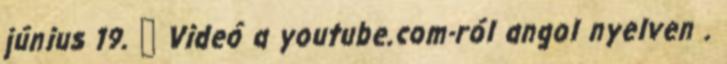
június 19. ↑ Videó a youtube.com-ról angol nyelven .